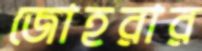
জোহরার